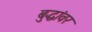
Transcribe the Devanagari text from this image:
बुद्धांवर